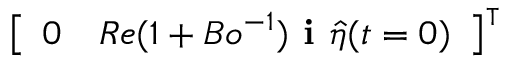
\left[ \begin{array} { l l } { 0 } & { R e ( 1 + B o ^ { - 1 } ) \textbf { i } \hat { \eta } ( t = 0 ) } \end{array} \right] ^ { \intercal }